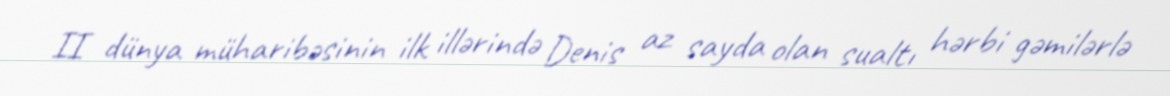
II dünya müharibəsinin ilk illərində Denis az sayda olan sualtı hərbi gəmilərlə